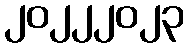
၂၀၂၂၂၀၂၃